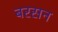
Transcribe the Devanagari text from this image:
बरसन